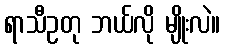
ရာသီဥတု ဘယ်လို မျိုးလဲ။